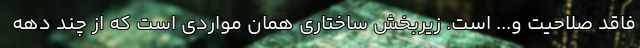
فاقد صلاحیت و... است. زیربخش ساختاری همان مواردی است که از چند دهه